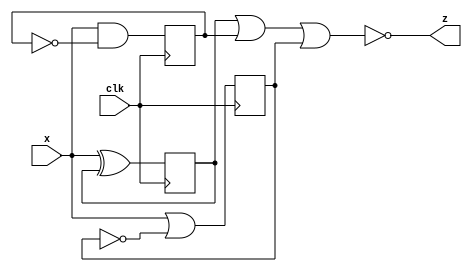
module top_module (
    input clk,
    input x,
    output z
); 
    
    reg q1 = 1'b0;
    reg q2 = 1'b0;
    reg q3 = 1'b0;

    always @ (posedge clk)
        begin
            q1 <= x ^ q1; 
        end

    always @ (posedge clk)
        begin
            q2 <= x & (~q2);
        end

    always @ (posedge clk)
        begin
            q3 <= x | (~q3);
        end

    assign z = ~(q1 | q2 | q3);

endmodule